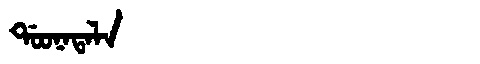
Manchu: ᡩᠣᠣᠨᠠᡨᠠᠯᠠ
Romanization: DOONATALA